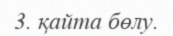
3. қайта бөлу.